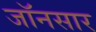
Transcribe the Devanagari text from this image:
जॉनसार